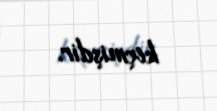
keçmişdir.